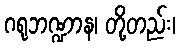
ဂရုဘဏ္ဍာန၊ တို့တည်း၊